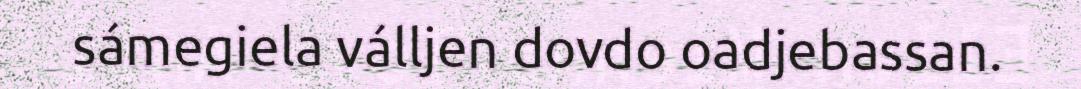
sámegiela válljen dovdo oadjebassan.